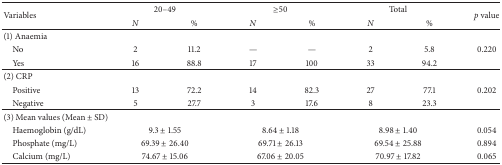
<table><thead><tr><td rowspan="2"><b>Variables</b></td><td colspan="2"><b>20–49 </b></td><td colspan="2"><b>≥50</b></td><td colspan="2"><b>Total</b></td><td rowspan="2"><b><i>p</i> value</b></td></tr><tr><td><b><i>N</i></b></td><td><b>%</b></td><td><b><i>N</i></b></td><td><b>%</b></td><td><b><i>N</i></b></td><td><b>%</b></td></tr></thead><tbody><tr><td>(1) Anaemia</td><td> </td><td> </td><td> </td><td> </td><td> </td><td> </td><td> </td></tr><tr><td> No</td><td>2</td><td>11.2</td><td>—</td><td>—</td><td>2</td><td>5.8</td><td>0.220</td></tr><tr><td> Yes</td><td>16</td><td>88.8</td><td>17</td><td>100</td><td>33</td><td>94.2</td><td> </td></tr><tr><td>(2) CRP</td><td> </td><td> </td><td> </td><td> </td><td> </td><td> </td><td> </td></tr><tr><td> Positive</td><td>13</td><td>72.2</td><td>14</td><td>82.3</td><td>27</td><td>77.1</td><td>0.202</td></tr><tr><td> Negative</td><td>5</td><td>27.7</td><td>3</td><td>17.6</td><td>8</td><td>23.3</td><td> </td></tr><tr><td>(3) Mean values (Mean ± SD)</td><td> </td><td> </td><td> </td><td> </td><td> </td><td> </td><td> </td></tr><tr><td> Haemoglobin (g/dL)</td><td colspan="2">9.3 ± 1.55</td><td colspan="2">8.64 ± 1.18</td><td colspan="2">8.98 ± 1.40</td><td>0.054</td></tr><tr><td> Phosphate (mg/L)</td><td colspan="2">69.39 ± 26.40</td><td colspan="2">69.71 ± 26.13</td><td colspan="2">69.54 ± 25.88</td><td>0.894</td></tr><tr><td> Calcium (mg/L)</td><td colspan="2">74.67 ± 15.06</td><td colspan="2">67.06 ± 20.05</td><td colspan="2">70.97 ± 17.82</td><td>0.065</td></tr></tbody></table>